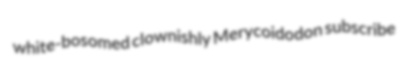
white-bosomed clownishly Merycoidodon subscribe